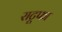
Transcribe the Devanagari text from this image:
राटूफा